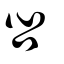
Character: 吢